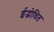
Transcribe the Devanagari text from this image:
ईद्भोधित